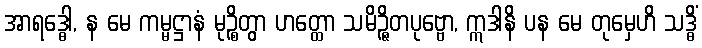
အာရဒ္ဓေါ, န မေ ကမ္မဋ္ဌာနံ မုဉ္စိတွာ ဟတ္ထော သမိဉ္ဇိတပုဗ္ဗော, ဣဒါနိ ပန မေ တုမှေဟိ သဒ္ဓိံ